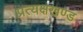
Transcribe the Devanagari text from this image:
प्रत्यक्षखण्ड